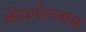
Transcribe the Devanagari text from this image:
जीवनोल्लास